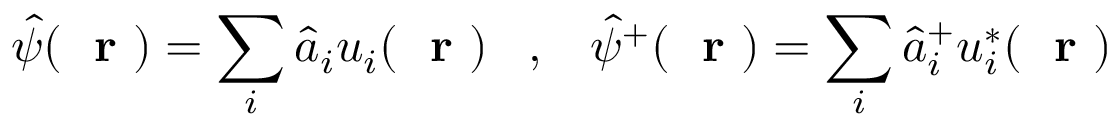
\hat { \psi } ( \mathrm { ~ \bf ~ r ~ } ) = \sum _ { i } \hat { a } _ { i } u _ { i } ( \mathrm { ~ \bf ~ r ~ } ) \; \; \; , \; \; \; \hat { \psi } ^ { + } ( \mathrm { ~ \bf ~ r ~ } ) = \sum _ { i } \hat { a } _ { i } ^ { + } u _ { i } ^ { * } ( \mathrm { ~ \bf ~ r ~ } )